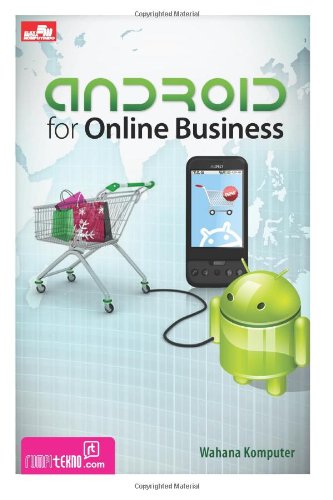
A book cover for Android for Online Business (Indonesian Edition); Wahana Komputer; Computers & Technology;